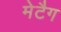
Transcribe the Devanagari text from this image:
मेटैग